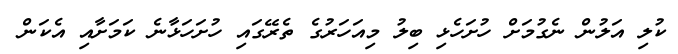
ކުލި އަލުން ނެގުމަށް ހުށަހެޅި ބިލު މިއަހަރުގެ ތެރޭގައި ހުށަހަޅާނެ ކަމަށާއި އެކަން